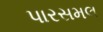
પારસમલ